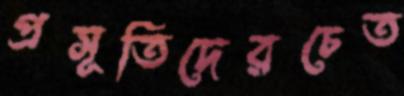
প্রসূতিদেরচেত